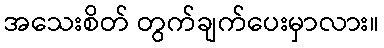
အသေးစိတ် တွက်ချက်ပေးမှာလား။